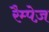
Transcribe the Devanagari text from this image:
रैम्पेज़